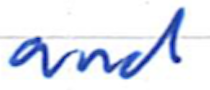
Text: and
Cross-out: clean
Writing tool: ballpoint